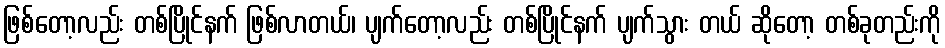
ဖြစ်တော့လည်း တစ်ပြိုင်နက် ဖြစ်လာတယ်၊ ပျက်တော့လည်း တစ်ပြိုင်နက် ပျက်သွား တယ် ဆိုတော့ တစ်ခုတည်းကို